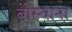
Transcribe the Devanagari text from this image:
बोस्वाना